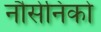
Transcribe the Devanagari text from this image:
नौसेनिको